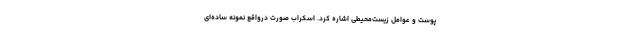
پوست و عوامل زیست‌محیطی اشاره کرد. اسکراب صورت درواقع نمونه ساده‌ای